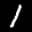
Label: 1